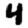
Digit: 4